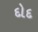
દોદ